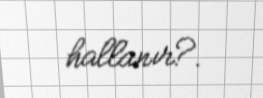
hallanır?.